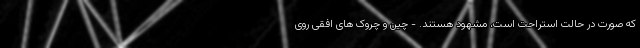
که صورت در حالت استراحت است، مشهود هستند. - چین و چروک های افقی روی